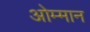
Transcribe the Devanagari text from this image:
ओम्मान